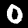
Digit: 0